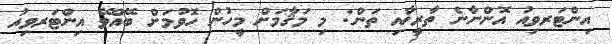
އިންޓަރވިއު އޮންނާނެ ތާރީޚާއި ތަން: މި މަޤާމަށް މީހުން ހޮވުމަށް ބޭއްވޭ އިންޓަރވިއު